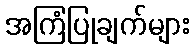
အကြံပြုချက်များ